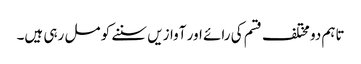
تاہم دو مختلف قسم کی رائے اور آوازیں سننے کو مل رہی ہیں۔